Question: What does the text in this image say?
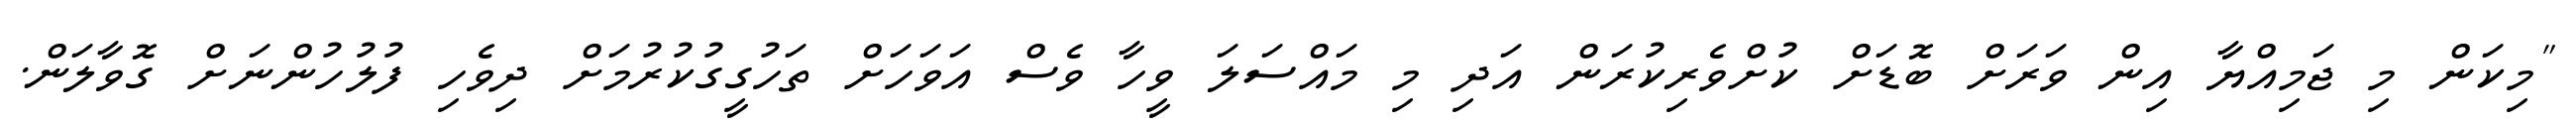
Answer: "މިކަން މި ޖަމިއްޔާ އިން ވަރަށް ބޮޑަށް ކުށްވެރިކުރަން އަދި މި މައްސަލަ ވީހާ ވެސް އަވަހަށް ތަހުގީގުކުރުމަށް ދިވެހި ފުލުހުންނަށް ގޮވާލަން.